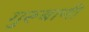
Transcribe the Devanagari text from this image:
गुरूबाणी